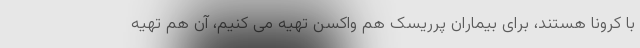
با کرونا هستند، برای بیماران پرریسک هم واکسن تهیه می کنیم، آن هم تهیه